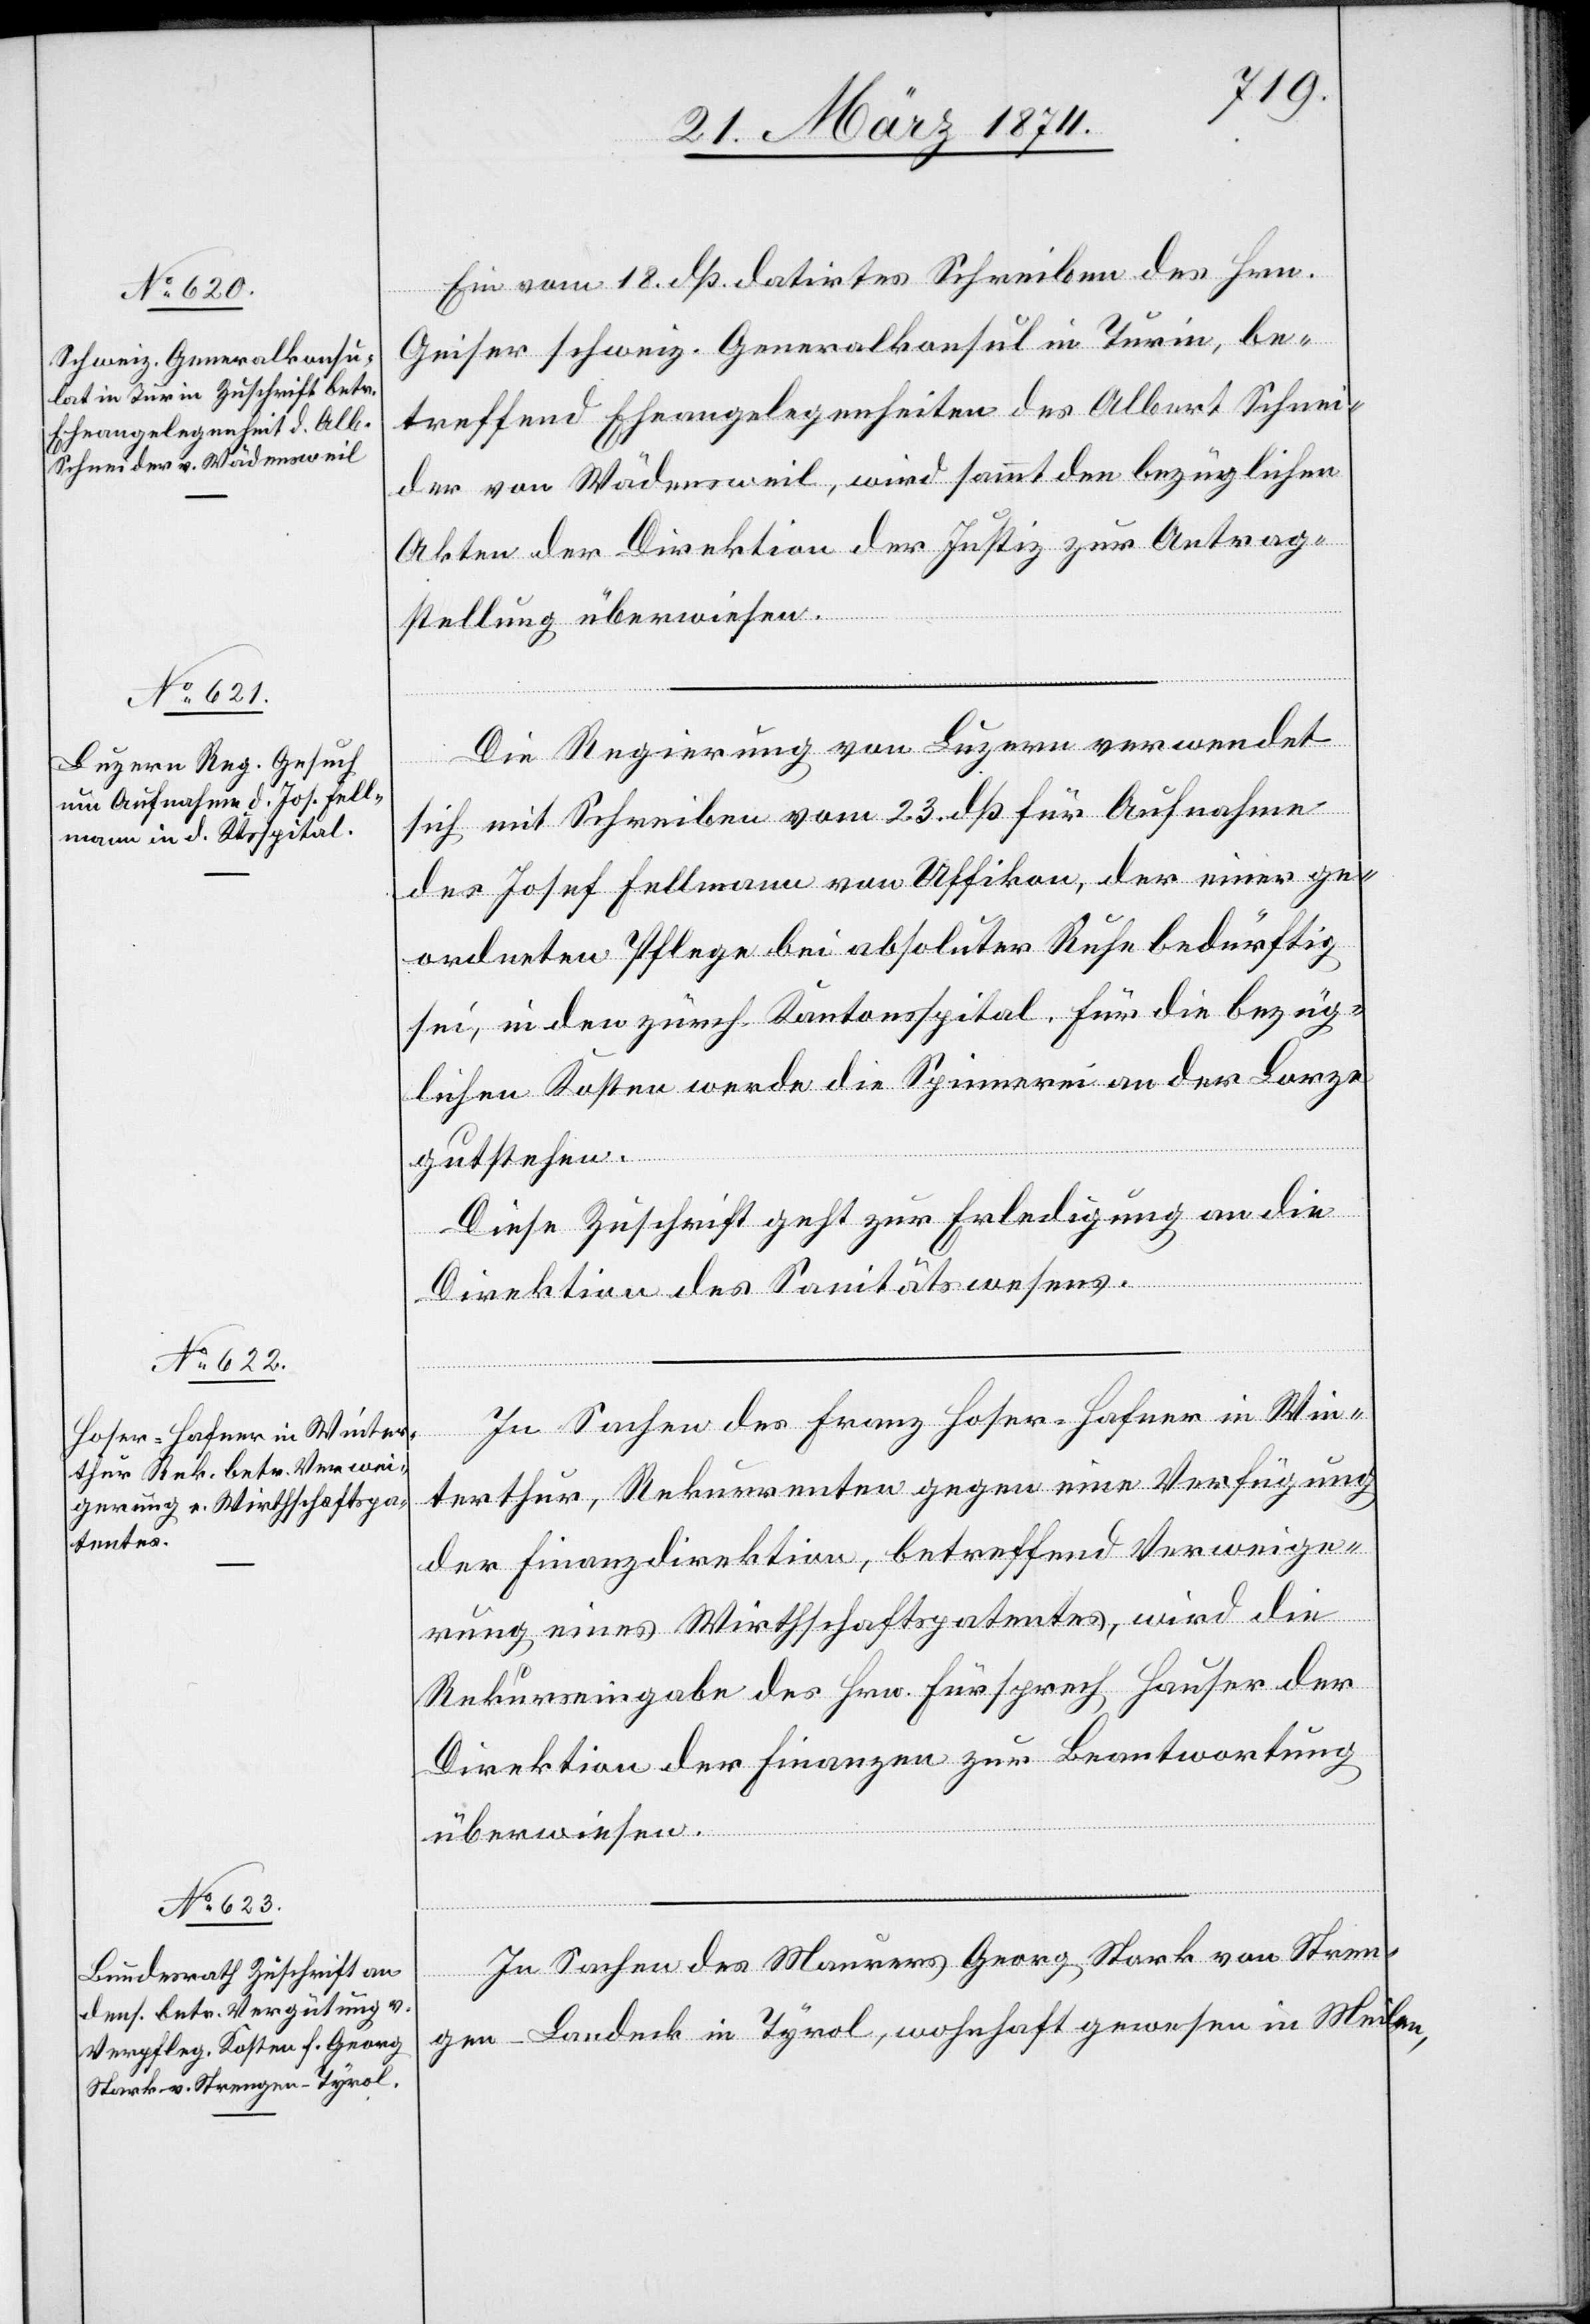
24. März 1874.]
Ein vom 18. dß datirtes Schreiben des Hrn.
Geiser schweiz. Generalkonsul in Turin, be¬
treffend Ehrengelegenheiten des Albert Schnei¬
der von Wädensweil, wird sammt den bezüglichen
Akten der Direktion der Justiz zur Antrag¬
stellung überwiesen.
Die Regierung von Luzern verwendet
sich mit Schreiben vom 23. dß für Aufnahme
des Josef Fellmann von Uffikon, der einer ge¬
ordneten Pflege bei absoluter Ruhe bedürftig
sei, in den zürch. Kantonsspital. Für die bezüg¬
lichen Kosten werde die Spinnerei an der Lorze
gutstehen.
In Sachen des Franz Hoser-Hafner in Win¬
terthur, Rekurrenten gegen eine Verfügung
der Finanzdirektion, betreffend Verweige¬
rung eines Wirthschaftspatentes, wird die
Rekurseingabe des Hrn. Fürsprech Hauser der
Direktion der Finanzen zur Beantwortung
überwiesen.
In Sachen des Maurers Georg Stark von Stren¬
gen-Landeck in Tyrol, wohnhaft gewesen in Meilen,